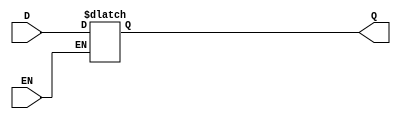
module transparent_latch (
    input wire D,
    input wire EN,
    output reg Q
);

always @(D, EN) begin
    if (EN == 1'b1) begin
        Q <= D;
    end
end

endmodule